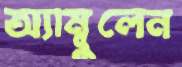
অ্যাম্বুলেন